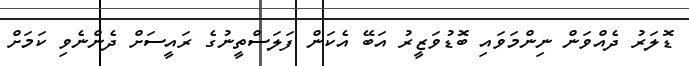
ޑޮލަރު ދެއްވަން ނިންމަވައި ބޮޑުވަޒީރު އަބޭ އެކަން ފަލަސްތީނުގެ ރައީސަށް ދެންނެވި ކަމަށް